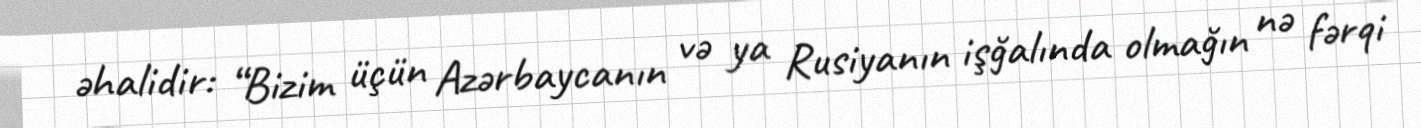
əhalidir: “Bizim üçün Azərbaycanın və ya Rusiyanın işğalında olmağın nə fərqi